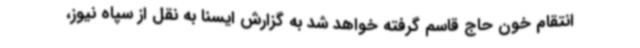
انتقام خون حاج قاسم گرفته خواهد شد به گزارش ایسنا به نقل از سپاه نیوز،